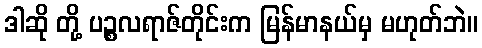
ဒါဆို တို့ ပဉ္စလရာဇ်တိုင်းက မြန်မာနယ်မှ မဟုတ်ဘဲ။